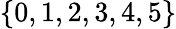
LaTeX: \{ 0,1,2,3,4,5\}